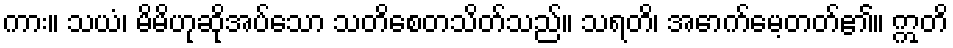
ကား။ သယံ၊ မိမိဟုဆိုအပ်သော သတိစေတသိတ်သည်။ သရတိ၊ အောက်မေ့တတ်၏။ ဣတိ